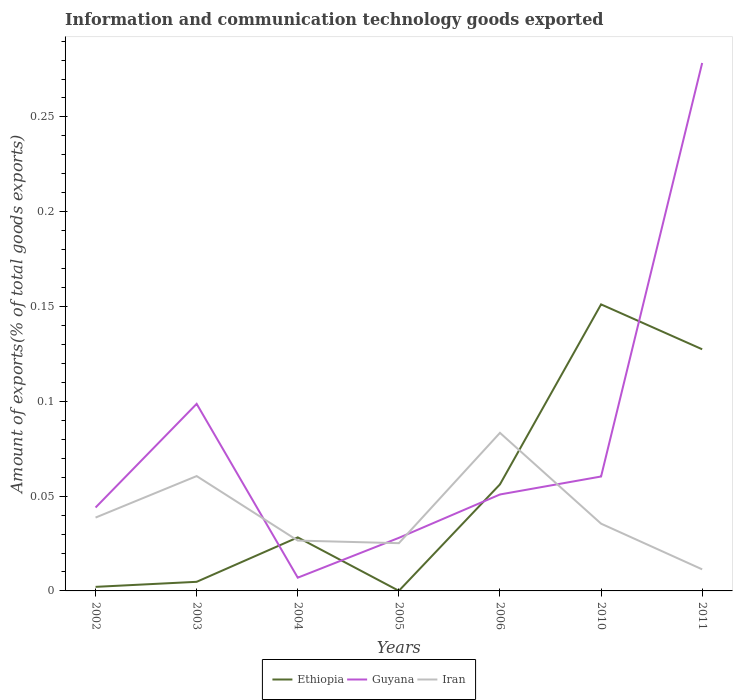
| Years | Ethiopia | Guyana | Iran |
 | --- | --- | --- | --- |
 | 2002 | 0.00214 | 0.044 | 0.0387 |
 | 2003 | 0.0048 | 0.0987 | 0.0606 |
 | 2004 | 0.0282 | 0.00699 | 0.0266 |
 | 2005 | 5.8e-05 | 0.028 | 0.0252 |
 | 2006 | 0.0562 | 0.0509 | 0.0834 |
 | 2010 | 0.151 | 0.0604 | 0.0355 |
 | 2011 | 0.127 | 0.278 | 0.0114 |